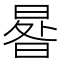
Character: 𣌿